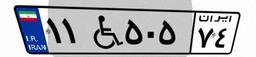
۱۱W۵۰۵۷۴